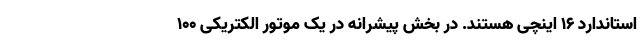
استاندارد 16 اینچی هستند. در بخش پیشرانه در یک موتور الکتریکی 100